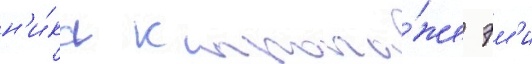
н'и́ка к пропа́же эм'и